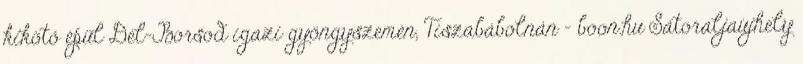
kikötő épül Dél-Borsod igazi gyöngyszemén, Tiszabábolnán - boon.hu Sátoraljaújhely